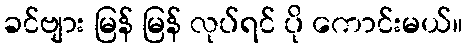
ခင်ဗျား မြန် မြန် လုပ်ရင် ပို ကောင်းမယ်။